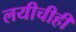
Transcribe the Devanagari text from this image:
लयीचीही